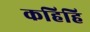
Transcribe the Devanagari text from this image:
कहिहि